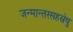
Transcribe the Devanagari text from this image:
जन्मान्तरसहस्रेषु